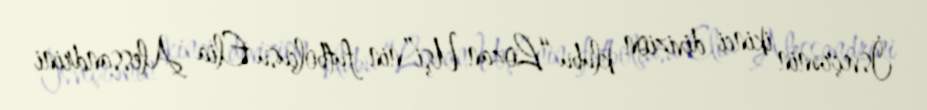
İsveçrənin ikinci divizion klubu “Lozan Uşi”nin futbolçusu Elia Alessandrini